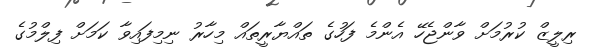
ރިލީޒް ކުރުމަށް ވާންޖެހޭ އެންމެ ފަހުގެ ތައްޔާރީތައް މިހާރު ނިމިފައިވާ ކަމަށް ފިލްމުގެ